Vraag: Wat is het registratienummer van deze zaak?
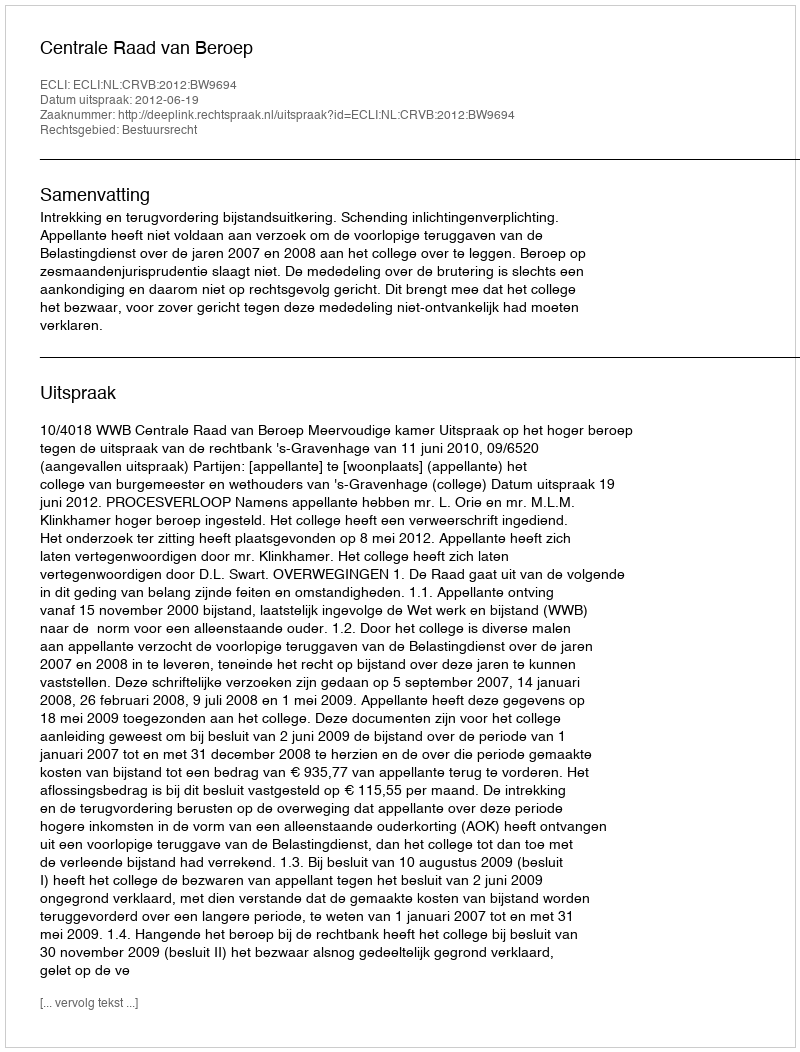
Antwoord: http://deeplink.rechtspraak.nl/uitspraak?id=ECLI:NL:CRVB:2012:BW9694